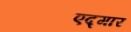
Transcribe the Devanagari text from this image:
एद्गार